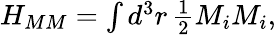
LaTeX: \begin{array}{r}{H_{MM}=\int d^{3}r\, \frac{1}{2}M_{i}M_{i},}\end{array}